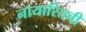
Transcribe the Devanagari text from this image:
नायारितची